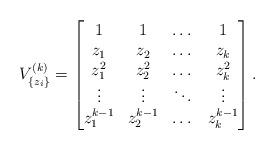
LaTeX: \begin{align*}V^{(k)}_{\{z_{i}\}}=\begin{bmatrix} 1&1&\dots&1\\ z_{1}&z_{2}&\dots &z_{k}\\ z_{1}^{2}&z_{2}^{2}&\dots &z_{k}^{2}\\\vdots&\vdots&\ddots&\vdots\\ z_{1}^{k-1}&z_{2}^{k-1}&\dots &z_{k}^{k-1}\\\end{bmatrix}.\end{align*}